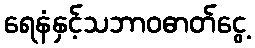
ရေနံနှင့်သဘာဝဓာတ်ငွေ့